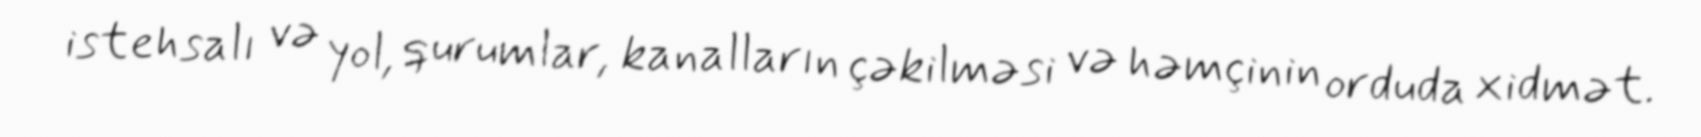
istehsalı və yol, qurumlar, kanalların çəkilməsi və həmçinin orduda xidmət.